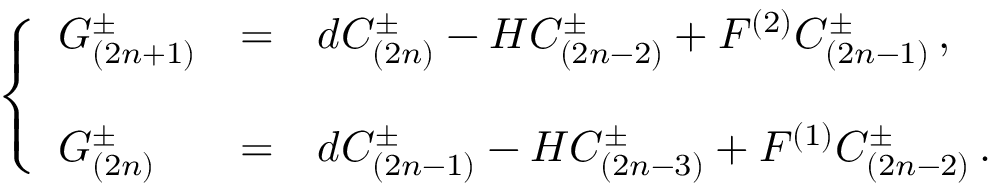
\left\{ \begin{array} { l c l } { { G _ { ( 2 n + 1 ) } ^ { \pm } } } & { { = } } & { { d C _ { ( 2 n ) } ^ { \pm } - H C _ { ( 2 n - 2 ) } ^ { \pm } + F ^ { ( 2 ) } C _ { ( 2 n - 1 ) } ^ { \pm } \, , } } \\ { { } } & { { } } & { { } } \\ { { G _ { ( 2 n ) } ^ { \pm } } } & { { = } } & { { d C _ { ( 2 n - 1 ) } ^ { \pm } - H C _ { ( 2 n - 3 ) } ^ { \pm } + F ^ { ( 1 ) } C _ { ( 2 n - 2 ) } ^ { \pm } \, . } } \end{array} \right.